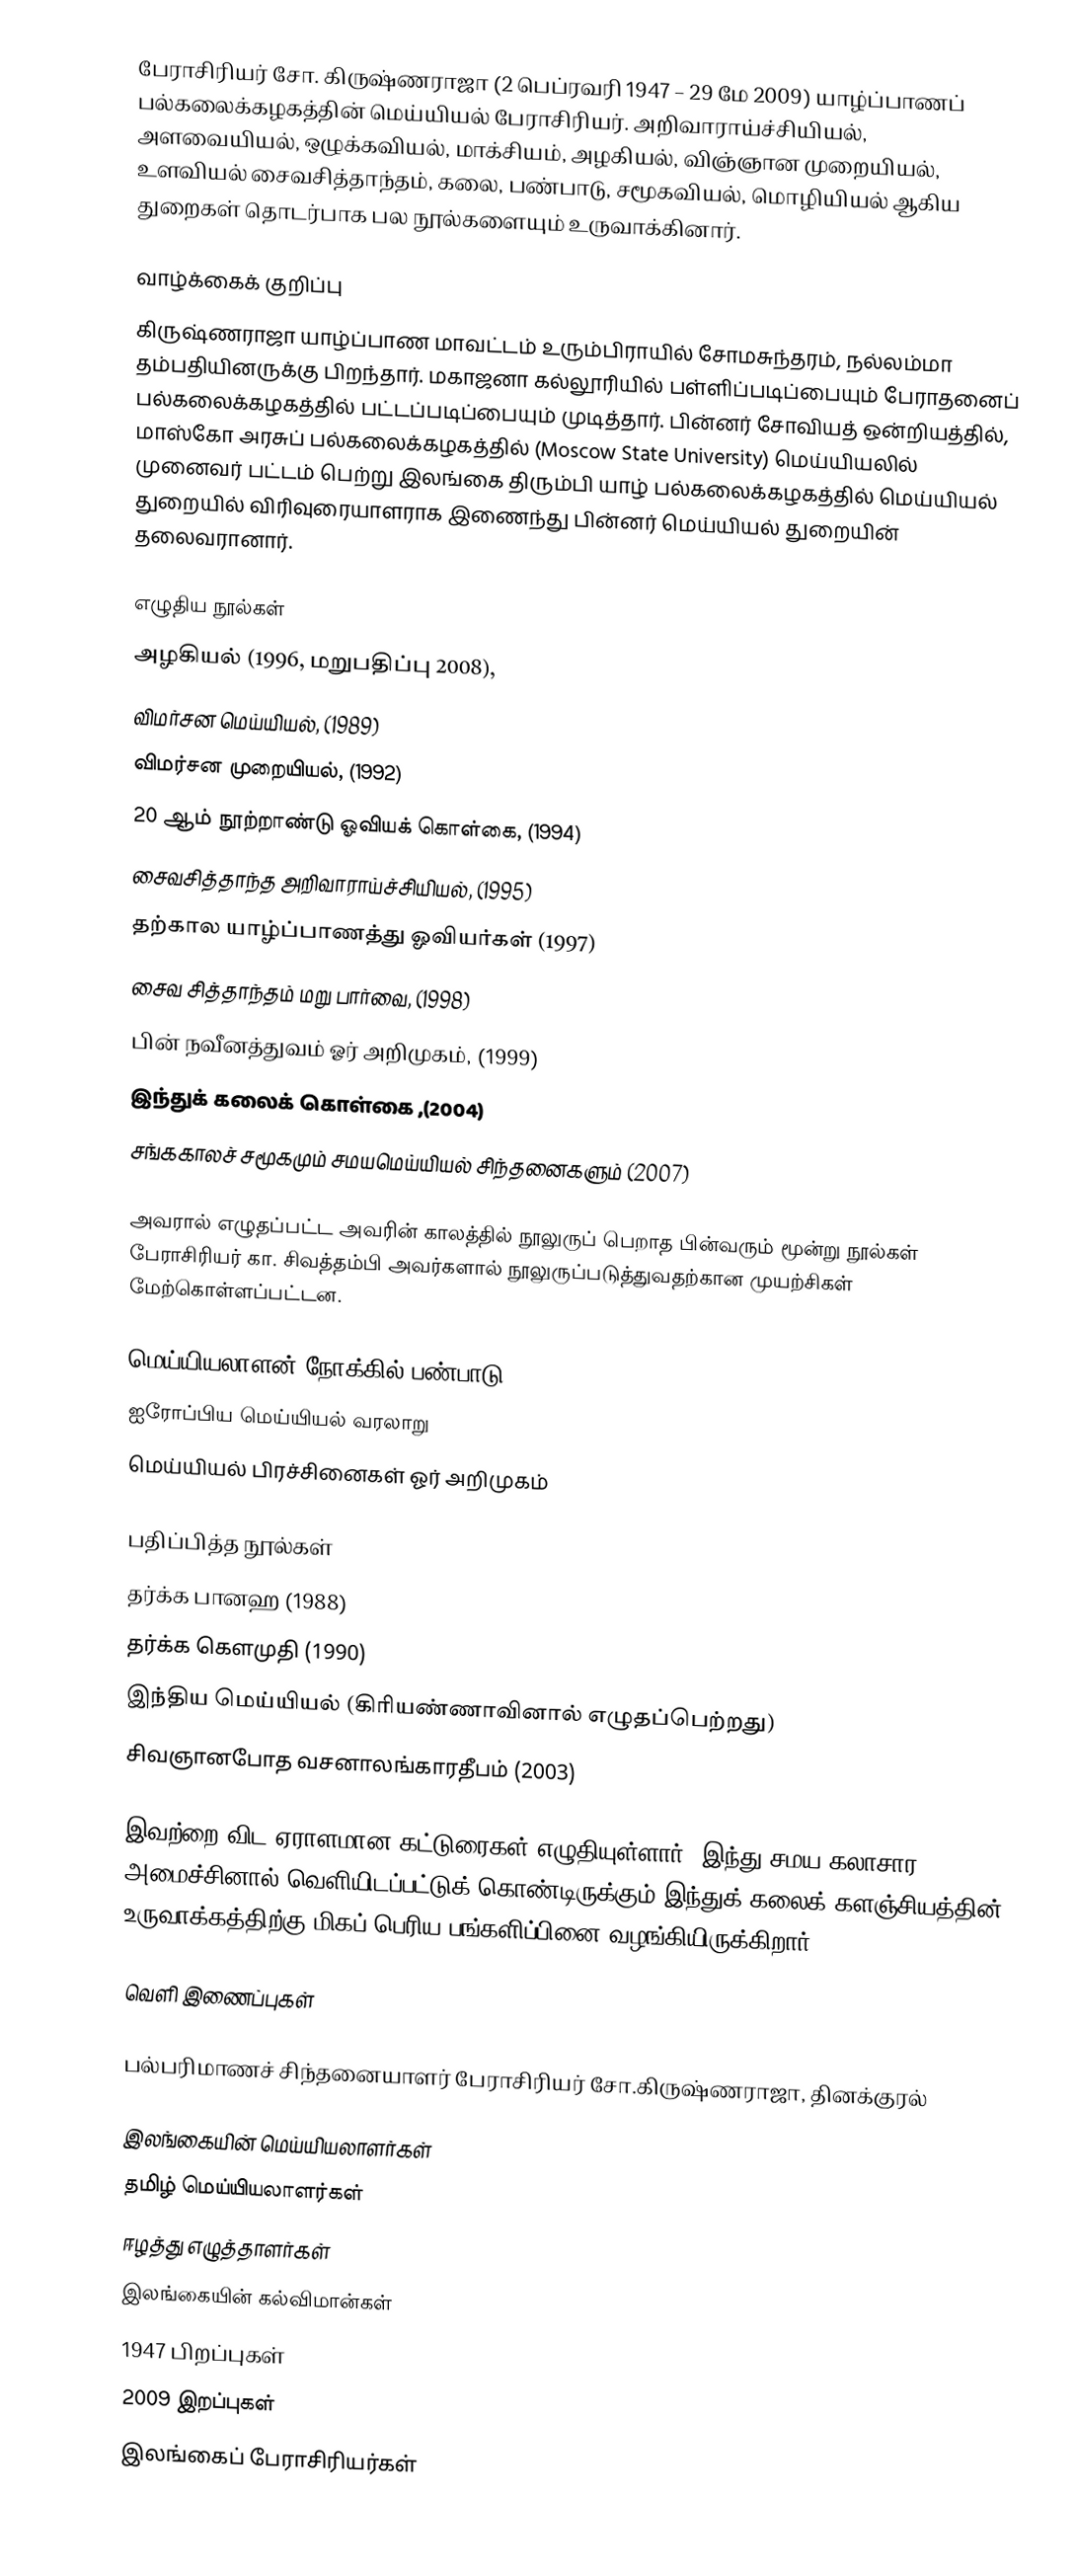
பேராசிரியர் சோ. கிருஷ்ணராஜா (2 பெப்ரவரி 1947 – 29 மே 2009) யாழ்ப்பாணப் பல்கலைக்கழகத்தின் மெய்யியல் பேராசிரியர். அறிவாராய்ச்சியியல், அளவையியல், ஒழுக்கவியல், மாக்சியம், அழகியல், விஞ்ஞான முறையியல், உளவியல் சைவசித்தாந்தம், கலை, பண்பாடு, சமூகவியல், மொழியியல் ஆகிய துறைகள் தொடர்பாக பல நூல்களையும் உருவாக்கினார்.

வாழ்க்கைக் குறிப்பு
கிருஷ்ணராஜா யாழ்ப்பாண மாவட்டம் உரும்பிராயில் சோமசுந்தரம், நல்லம்மா தம்பதியினருக்கு பிறந்தார். மகாஜனா கல்லூரியில் பள்ளிப்படிப்பையும் பேராதனைப் பல்கலைக்கழகத்தில் பட்டப்படிப்பையும் முடித்தார். பின்னர் சோவியத் ஒன்றியத்தில், மாஸ்கோ அரசுப் பல்கலைக்கழகத்தில் (Moscow State University) மெய்யியலில் முனைவர் பட்டம் பெற்று இலங்கை திரும்பி யாழ் பல்கலைக்கழகத்தில் மெய்யியல் துறையில் விரிவுரையாளராக இணைந்து பின்னர் மெய்யியல் துறையின் தலைவரானார்.

எழுதிய நூல்கள்
 அழகியல் (1996, மறுபதிப்பு 2008),
 விமர்சன மெய்யியல், (1989)
 விமர்சன முறையியல், (1992)
 20 ஆம் நூற்றாண்டு ஓவியக் கொள்கை, (1994)
 சைவசித்தாந்த அறிவாராய்ச்சியியல், (1995)
 தற்கால யாழ்ப்பாணத்து ஓவியர்கள் (1997)
 சைவ சித்தாந்தம் மறு பார்வை, (1998)
 பின் நவீனத்துவம் ஓர் அறிமுகம், (1999)
 இந்துக் கலைக் கொள்கை ,(2004)
 சங்ககாலச் சமூகமும் சமயமெய்யியல் சிந்தனைகளும் (2007)

அவரால் எழுதப்பட்ட அவரின் காலத்தில் நூலுருப் பெறாத பின்வரும் மூன்று நூல்கள் பேராசிரியர் கா. சிவத்தம்பி அவர்களால் நூலுருப்படுத்துவதற்கான முயற்சிகள் மேற்கொள்ளப்பட்டன.

 மெய்யியலாளன் நோக்கில் பண்பாடு
 ஐரோப்பிய மெய்யியல் வரலாறு
 மெய்யியல் பிரச்சினைகள் ஓர் அறிமுகம்

பதிப்பித்த நூல்கள்
தர்க்க பானஹ (1988)
தர்க்க கௌமுதி (1990)
இந்திய மெய்யியல் (கிரியண்ணாவினால் எழுதப்பெற்றது)
சிவஞானபோத வசனாலங்காரதீபம் (2003)

இவற்றை விட ஏராளமான கட்டுரைகள் எழுதியுள்ளார். இந்து சமய கலாசார அமைச்சினால் வெளியிடப்பட்டுக் கொண்டிருக்கும் இந்துக் கலைக் களஞ்சியத்தின் உருவாக்கத்திற்கு மிகப் பெரிய பங்களிப்பினை வழங்கியிருக்கிறார்.

வெளி இணைப்புகள்

பல்பரிமாணச் சிந்தனையாளர் பேராசிரியர் சோ.கிருஷ்ணராஜா, தினக்குரல்

இலங்கையின் மெய்யியலாளர்கள்
தமிழ் மெய்யியலாளர்கள்
ஈழத்து எழுத்தாளர்கள்
இலங்கையின் கல்விமான்கள்
1947 பிறப்புகள்
2009 இறப்புகள்
இலங்கைப் பேராசிரியர்கள்